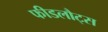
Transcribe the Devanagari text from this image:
फीडलौट्स